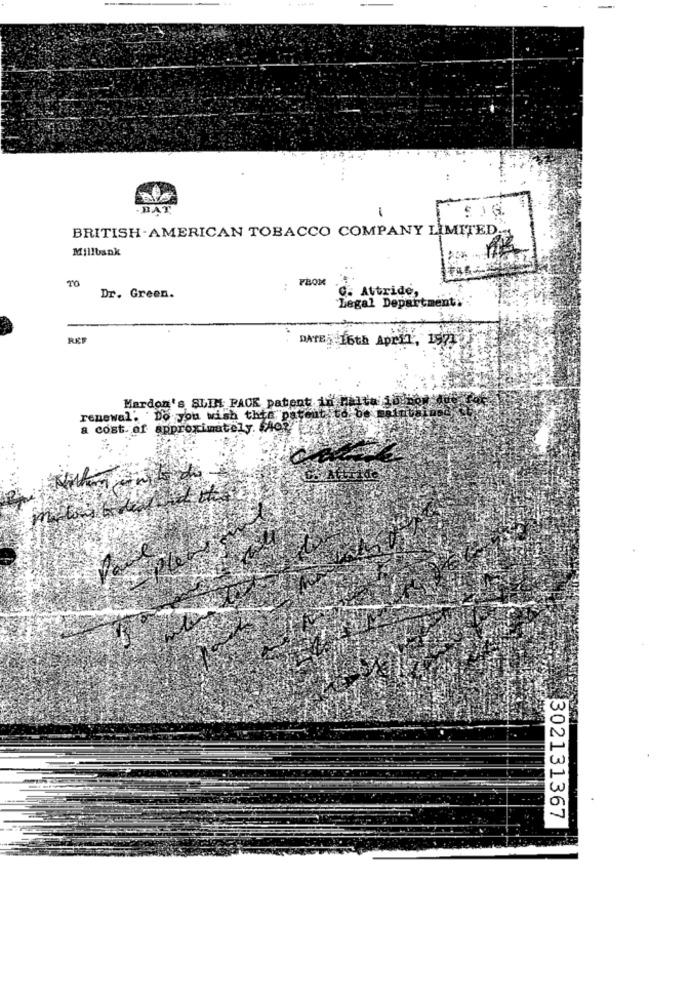
-BAT
1
SIG
BRITISH-AMERICAN TOBACCO COMPANY LIMITED
Millbank
: PBOM
..
C. Altride,
Dr. Green.
Legal Departmenti'
DATE5 16th April, 1971
Mardon's SLIMI PAOK patient in mia tal
renewal. Do you wish thie patent to be me
a cost. of approximately. SAO?"
302131367